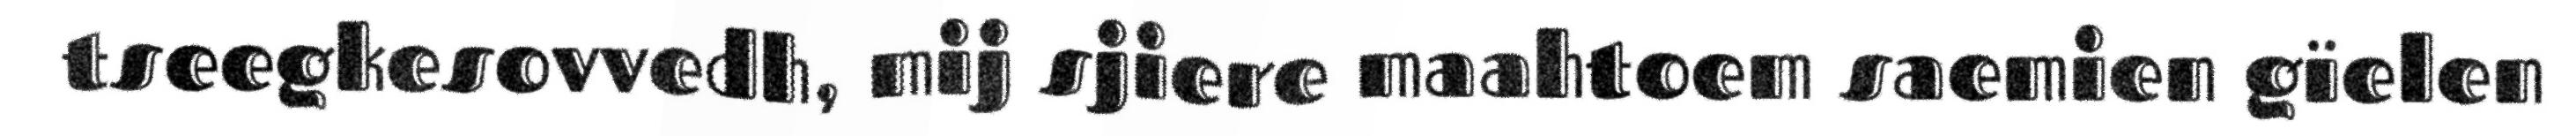
tseegkesovvedh, mij sjiere maahtoem saemien gïelen